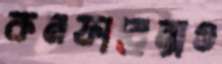
কনফারেন্সও